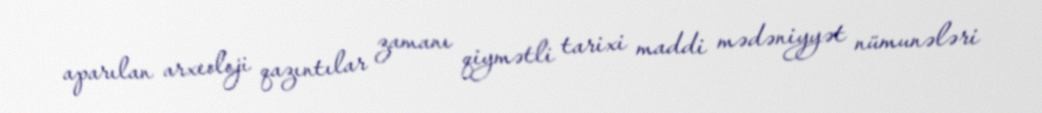
aparılan arxeoloji qazıntılar zamanı qiymətli tarixi maddi mədəniyyət nümunələri